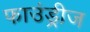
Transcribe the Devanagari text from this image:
फाउंड्रीज